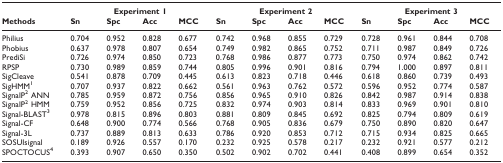
<table><thead><tr><td></td><td colspan="4"><b>Experiment 1</b></td><td colspan="4"><b>Experiment 2</b></td><td colspan="4"><b>Experiment 3</b></td></tr><tr><td><b>Methods</b></td><td><b>Sn</b></td><td><b>Spc</b></td><td><b>Acc</b></td><td><b>MCC</b></td><td><b>Sn</b></td><td><b>Spc</b></td><td><b>Acc</b></td><td><b>MCC</b></td><td><b>Sn</b></td><td><b>Spc</b></td><td><b>Acc</b></td><td><b>MCC</b></td></tr></thead><tbody><tr><td>Philius</td><td>0.704</td><td>0.952</td><td>0.828</td><td>0.677</td><td>0.742</td><td>0.968</td><td>0.855</td><td>0.729</td><td>0.728</td><td>0.961</td><td>0.844</td><td>0.708</td></tr><tr><td>Phobius</td><td>0.637</td><td>0.978</td><td>0.807</td><td>0.654</td><td>0.749</td><td>0.982</td><td>0.865</td><td>0.752</td><td>0.711</td><td>0.987</td><td>0.849</td><td>0.726</td></tr><tr><td>PrediSi</td><td>0.726</td><td>0.974</td><td>0.850</td><td>0.723</td><td>0.768</td><td>0.986</td><td>0.877</td><td>0.773</td><td>0.750</td><td>0.974</td><td>0.862</td><td>0.742</td></tr><tr><td>RPSP</td><td>0.730</td><td>0.989</td><td>0.859</td><td>0.744</td><td>0.805</td><td>0.996</td><td>0.901</td><td>0.816</td><td>0.794</td><td>1.000</td><td>0.897</td><td>0.811</td></tr><tr><td>SigCleave</td><td>0.541</td><td>0.878</td><td>0.709</td><td>0.445</td><td>0.613</td><td>0.823</td><td>0.718</td><td>0.446</td><td>0.618</td><td>0.860</td><td>0.739</td><td>0.493</td></tr><tr><td>SigHMM<sup>1</sup></td><td>0.707</td><td>0.937</td><td>0.822</td><td>0.662</td><td>0.561</td><td>0.963</td><td>0.762</td><td>0.572</td><td>0.596</td><td>0.952</td><td>0.774</td><td>0.587</td></tr><tr><td>SignalP<sup>2 </sup>ANN</td><td>0.785</td><td>0.959</td><td>0.872</td><td>0.756</td><td>0.856</td><td>0.965</td><td>0.910</td><td>0.826</td><td>0.842</td><td>0.987</td><td>0.914</td><td>0.838</td></tr><tr><td>SignalP<sup>2 </sup>HMM</td><td>0.759</td><td>0.952</td><td>0.856</td><td>0.725</td><td>0.832</td><td>0.974</td><td>0.903</td><td>0.814</td><td>0.833</td><td>0.969</td><td>0.901</td><td>0.810</td></tr><tr><td>Signal-BLAST<sup>3</sup></td><td>0.978</td><td>0.815</td><td>0.896</td><td>0.803</td><td>0.881</td><td>0.809</td><td>0.845</td><td>0.692</td><td>0.825</td><td>0.794</td><td>0.809</td><td>0.619</td></tr><tr><td>Signal-CF</td><td>0.648</td><td>0.900</td><td>0.774</td><td>0.566</td><td>0.768</td><td>0.905</td><td>0.836</td><td>0.679</td><td>0.750</td><td>0.890</td><td>0.820</td><td>0.647</td></tr><tr><td>Signal-3L</td><td>0.737</td><td>0.889</td><td>0.813</td><td>0.633</td><td>0.786</td><td>0.920</td><td>0.853</td><td>0.712</td><td>0.715</td><td>0.934</td><td>0.825</td><td>0.665</td></tr><tr><td>SOSUIsignal</td><td>0.189</td><td>0.926</td><td>0.557</td><td>0.170</td><td>0.232</td><td>0.925</td><td>0.578</td><td>0.217</td><td>0.232</td><td>0.921</td><td>0.577</td><td>0.212</td></tr><tr><td>SPOCTOCUS<sup>4</sup></td><td>0.393</td><td>0.907</td><td>0.650</td><td>0.350</td><td>0.502</td><td>0.902</td><td>0.702</td><td>0.441</td><td>0.408</td><td>0.899</td><td>0.654</td><td>0.352</td></tr></tbody></table>